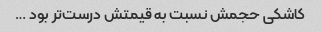
کاشکی حجمش نسبت به قیمتش درست‌تر بود …